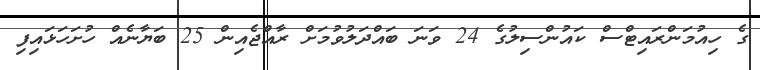
ގެ ހިއުމަންރައިޓްސް ކައުންސިލުގެ 24 ވަނަ ބައްދަލުވުމަށް ރާއްޖެއިން 25 ބަޔާނެއް ހުށަހަޅައިފި